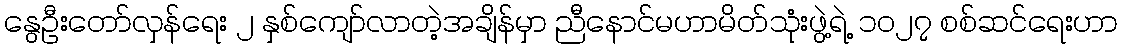
နွေဦးတော်လှန်ရေး ၂ နှစ်ကျော်လာတဲ့အချိန်မှာ ညီနောင်မဟာမိတ်သုံးဖွဲ့ရဲ့ ၁၀၂၇ စစ်ဆင်ရေးဟာ